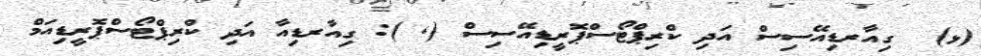
(ޅ)  ގިއާރޑިއޭސިސް އަދި ކްރިޕްޓޯސްޕޮރީޑިއޭސިސް (